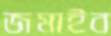
জমাইব